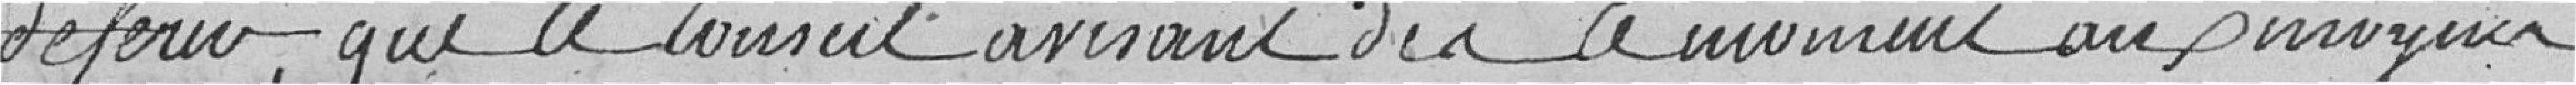
deservir, que le conseil avisant dès ce moment aux urgences